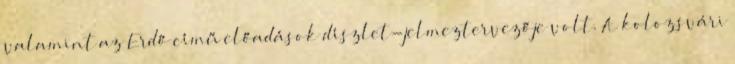
valamint az Erdő című előadások díszlet-jelmeztervezője volt. A kolozsvári